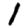
Digit: 1